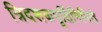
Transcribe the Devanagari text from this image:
त्रिदशकपूर्तिनिमित्ते